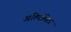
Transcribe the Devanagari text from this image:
अल्टिमिटर